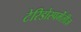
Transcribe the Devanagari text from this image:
टेरिडोस्पर्मेंलीज़